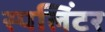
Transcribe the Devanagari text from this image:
स्पलिंटर